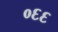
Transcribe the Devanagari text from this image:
०६६